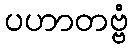
ပဟာတဗ္ဗံ